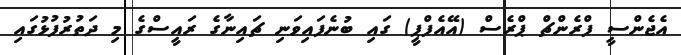
އެޖެންސީ ފްރެންޗް ޕްރެސް (އޭއެފްޕީ) ގައި ބުނެފައިވަނި ޗައިނާގެ ރައީސްގެ މި ދަތުރުފުޅުގައި